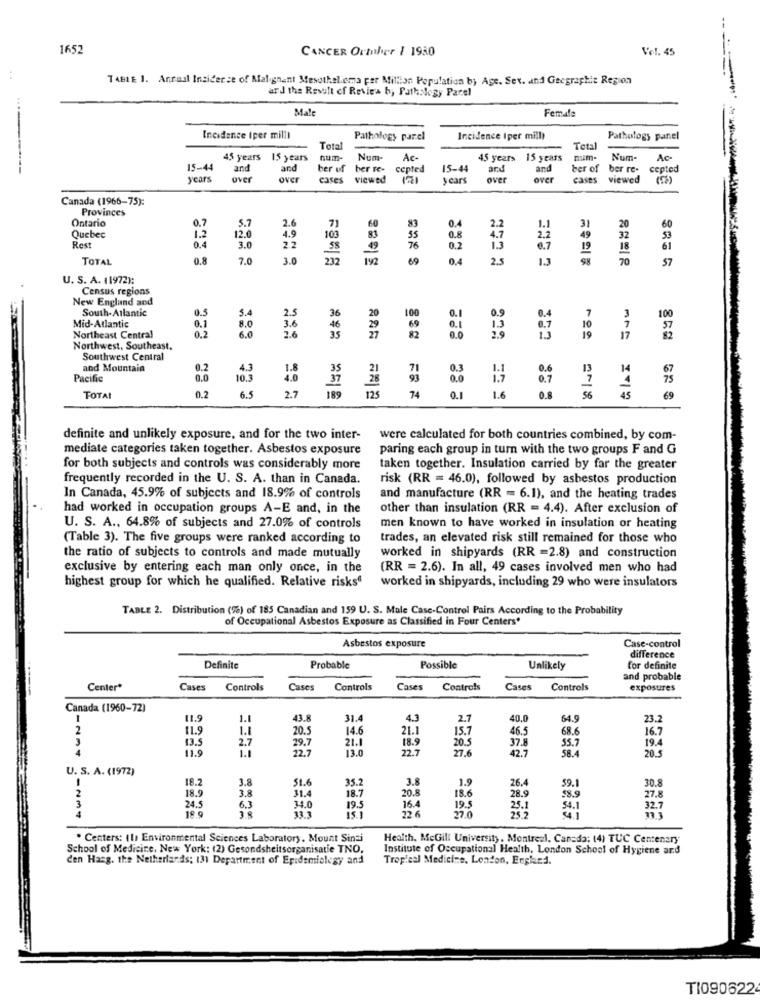
1652
CANCER October 1 1950
Vol. 45
TABLE 1. Annual Insiderse of Malignant Mesothelioma per Million Population by Age. Sex. and Geographic Region
ard the Result of Review h, Pathology Parel
Male
Female
Incidence Iper mill)
Pathology parel
Incidence Iper mill)
Pathology panel
Tota
Total
45 years
15 years
S years num-
Num-
Ac-
45 years
15 years
mim- Num-
Ac-
15-44
and
and
ber uf ber re- cepted
15-44
ard
and
ber of ber re-
cepted
years
Over
Over
cases viewed
years
over
over
cases viewed
Canada (1966-75):
Provinces
Ontario
5.7
2.6
60
0.7
4.9
71
81
49
3)
32
20
Quebec
1.2
0.4
12.0
103
55
2.2
Rest
3.0
22
58
49
76
0.2
13
6.7
19
18
61
TOTAL
0.8
7.0
3.0
69
2.5
1.3
98
70
57
U. S. A. 11972):
Census regions
New England and
South-Atlantic
0.5
20
0.1
3.4
2.5
36
100
10
7
Mid-Atlantic
8.0
6.0
3.6
46
29
Northeast Central
0.0
19
17
Northwest, Southeast.
Southwest Central
GIAI
and Mountain
0.2
0.
13
14
Pacific
0.0
10.3
0.7
TOTAL
0.2
6.5
2.7
189
125
74
0.1
1.6
0.8
56
69
definite and unlikely exposure, and for the two inter-
were calculated for both countries combined, by com-
mediate categories taken together. Asbestos exposure
paring each group in turn with the two groups F and G
for both subjects and controls was considerably more
taken together. Insulation carried by far the greater
frequently recorded in the U. S. A. than in Canada.
risk (RR = 46.0), followed by asbestos production
In Canada, 45.9% of subjects and 18.9% of controls
and manufacture (RR = 6.1), and the heating trades
had worked in occupation groups A-E and, in the
other than insulation (RR = 4.4). After exclusion of
U. S. A ., 64.8% of subjects and 27.0% of controls
men known to have worked in insulation or heating
(Table 3). The five groups were ranked according to
trades, an elevated risk still remained for those who
the ratio of subjects to controls and made mutually
worked in shipyards (RR =2.8) and construction
exclusive by entering each man only once, in the
(RR = 2.6). In all, 49 cases involved men who had
highest group for which he qualified. Relative risks"
worked in shipyards, including 29 who were insulators
TABLE 2. Distribution (%) of 185 Canadian and 159 U. S. Male Case-Control Pairs According to the Probability
of Occupational Asbestos Exposure as Classified in Four Centers'
Asbestos exposure
Case-control
difference
Definite
Probable
Possible
Unlikely
for definite
and probable
Center*
Cases
Controls
Cases
Controls
Cases
Controls
Cases
Controls
exposures
Canada (1960-72)
11.9
1.
43.8
31.4
4.3
2.7
40,0
64.9
23.2
2
11.9
14.6
21.1
46.5
68.6
16.7
3
13.5
20.5
21.1
15.7
37.8
194
4
11.9
2.7
1.1
29.7
13.0
18.9
22.7
20.5
27.6
42.7
55.7
20.5
U. S. A. (1972)
18.2
3.8
3.8
18.9
3.8
51.6
35.2
1.9
26.4
59.1
30.8
31.4
18.7
20.8
18.6
28.9
$8.9
27.8
24.5
18 9
6.3
34.0
13.1
19.5
16.4
22 6
19.5
54.1
32.7
22.0
. Centers: (1) Environmental Sciences Laboratory. Mount Sinai
Health, McGill University, Montreal, Canada: (4) TUC Centenary
School of Medicine. New York: (2) Gesondsheitsorganisatie TNO,
Institute of Occupational Health, London School of Hygiene and
den Hasg. the Netherlands; 131 Department of Epidemiology and
Tropical Medicine, London, England.
TI090622